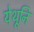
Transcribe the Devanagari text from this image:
येथूनि